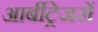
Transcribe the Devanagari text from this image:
आर्बीट्रेजरों